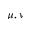
\mu , \nu